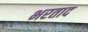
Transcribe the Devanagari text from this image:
भरताद